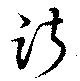
踧